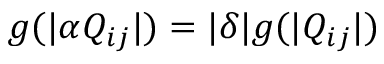
g ( | \alpha Q _ { i j } | ) = | \delta | g ( | Q _ { i j } | )